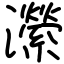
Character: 瀠